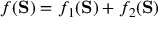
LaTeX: f ( \mathbf { S } ) = f _ { 1 } ( \mathbf { S } ) + f _ { 2 } ( \mathbf { S } )